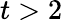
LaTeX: t>2